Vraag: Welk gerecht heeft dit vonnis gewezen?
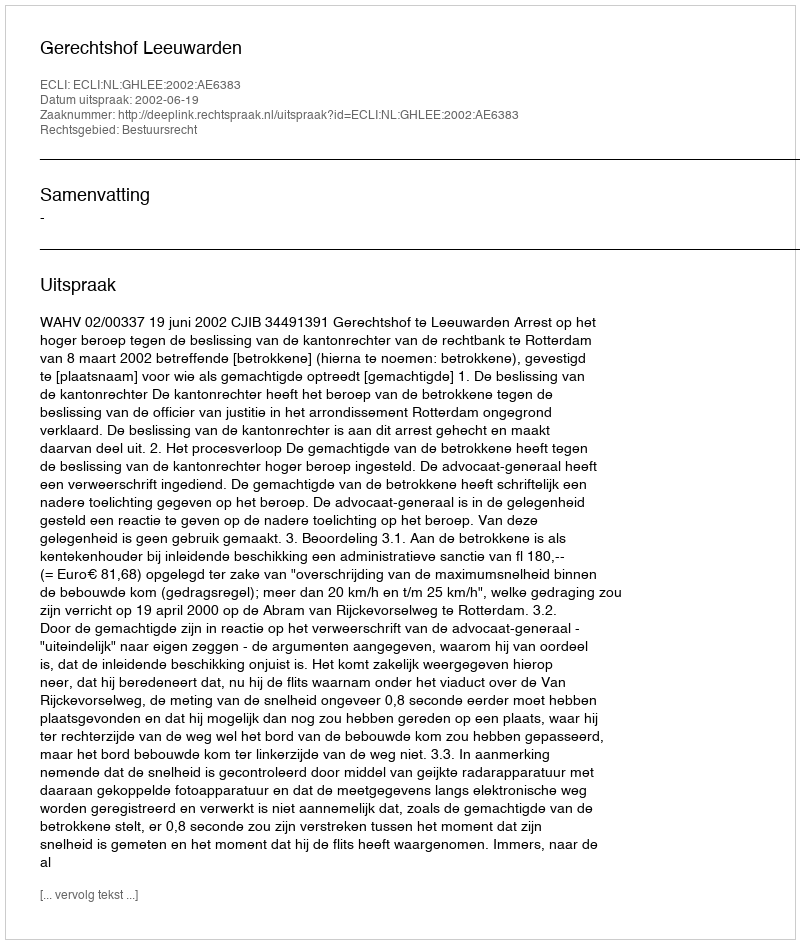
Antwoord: Gerechtshof Leeuwarden